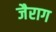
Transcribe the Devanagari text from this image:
जैराग